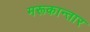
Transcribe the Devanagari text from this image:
मरूकान्तार